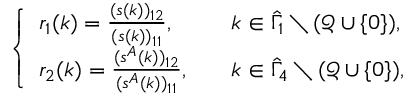
\begin{array} { r } { \left\{ \begin{array} { l l } { r _ { 1 } ( k ) = \frac { ( s ( k ) ) _ { 1 2 } } { ( s ( k ) ) _ { 1 1 } } , } & { k \in \hat { \Gamma } _ { 1 } \setminus ( \mathcal { Q } \cup \{ 0 \} ) , } \\ { r _ { 2 } ( k ) = \frac { ( s ^ { A } ( k ) ) _ { 1 2 } } { ( s ^ { A } ( k ) ) _ { 1 1 } } , \quad } & { k \in \hat { \Gamma } _ { 4 } \setminus ( \mathcal { Q } \cup \{ 0 \} ) , } \end{array} \right. } \end{array}